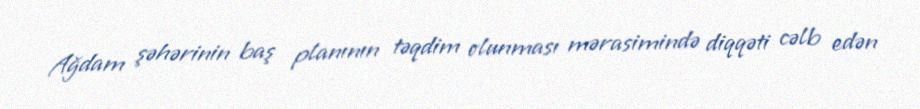
Ağdam şəhərinin baş planının təqdim olunması mərasimində diqqəti cəlb edən